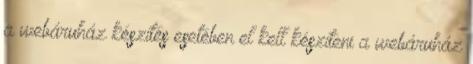
a webáruház készítés esetében el kell készíteni a webáruház